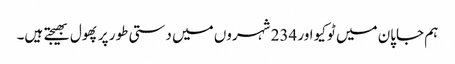
ہم جاپان میں ٹوکیو اور 234 شہروں میں دستی طور پر پھول بھیجتے ہیں۔